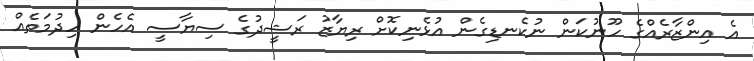
އެ އިންޒާރެއްގެ ހޫނުކަން ނުކެނޑިގެން އުޅެނިކޮށް ރިޔާޒު ރަޝީދުގެ ސިޔާސީ އެހެން ހިދުމަތެއް